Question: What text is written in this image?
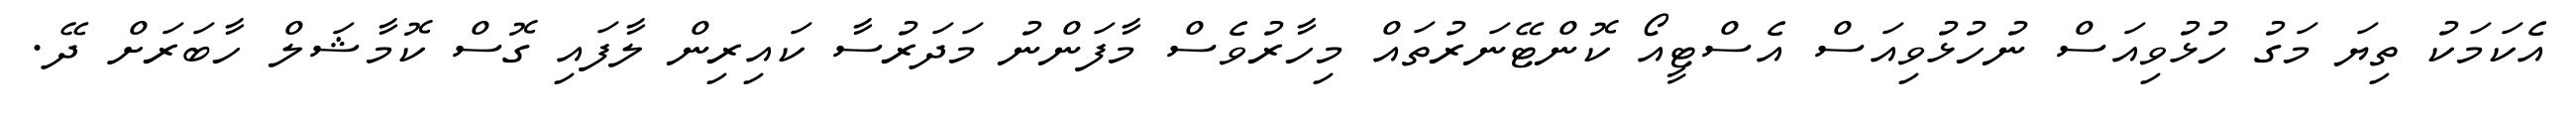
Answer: އެކަމަކު ތިޔަ މަގު ހުޅުވިއަސް ނުހުޅުވިއަސް އެސްޓީއޯ ކޮންޓޭނަރުތައް މިހާރުވެސް މާފަންނު މަދަރުސާ ކައިރިން ލާފައި ގޮސް ކޮމާޝަލް ހާބަރަށް ދޭ.